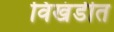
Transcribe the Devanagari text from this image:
विखंडीत